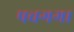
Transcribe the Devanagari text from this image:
पचगगा